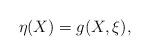
\begin{align*}\eta (X)=g(X, \xi ),\end{align*}